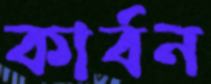
কার্বন